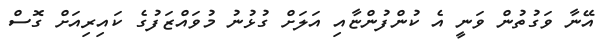
އޭނާ ވަގުތުން ވަނީ އެ ކުންފުންޏާއި އަލަށް ގުޅުނު މުވައްޒަފުގެ ކައިރިއަށް ގޮސް